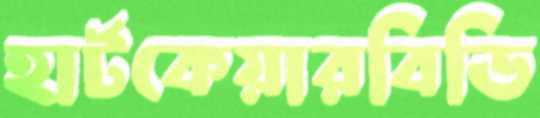
হার্টকেয়ারবিডি